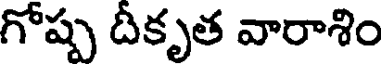
గోష్ప దీకృత వారాశిం